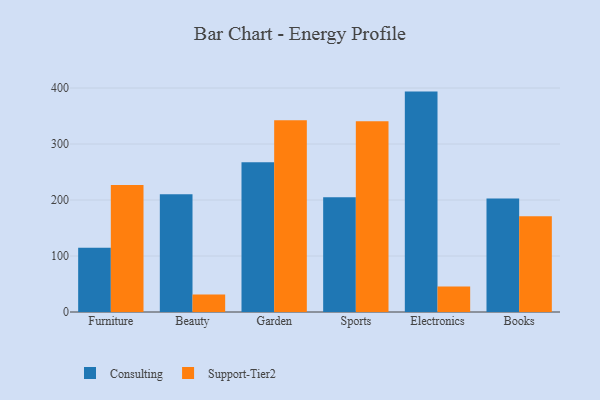
{"axis": {"x": "Category", "y": "Demand Index"}, "legend": ["Consulting", "Support-Tier2"], "data": [{"x": "Furniture", "y": 114.6, "type": "Consulting"}, {"x": "Furniture", "y": 226.8, "type": "Support-Tier2"}, {"x": "Beauty", "y": 210.2, "type": "Consulting"}, {"x": "Beauty", "y": 31.2, "type": "Support-Tier2"}, {"x": "Garden", "y": 267.5, "type": "Consulting"}, {"x": "Garden", "y": 342.5, "type": "Support-Tier2"}, {"x": "Sports", "y": 204.8, "type": "Consulting"}, {"x": "Sports", "y": 340.5, "type": "Support-Tier2"}, {"x": "Electronics", "y": 393.6, "type": "Consulting"}, {"x": "Electronics", "y": 45.4, "type": "Support-Tier2"}, {"x": "Books", "y": 202.5, "type": "Consulting"}, {"x": "Books", "y": 171.2, "type": "Support-Tier2"}]}